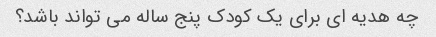
چه هدیه ای برای یک کودک پنج ساله می تواند باشد؟